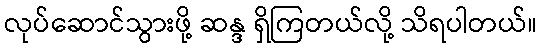
လုပ်ဆောင်သွားဖို့ ဆန္ဒ ရှိကြတယ်လို့ သိရပါတယ်။